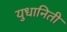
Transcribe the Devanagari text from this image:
युधानिती